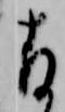
存